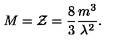
M = { \cal Z } = \frac { 8 } { 3 } \frac { m ^ { 3 } } { \lambda ^ { 2 } } .